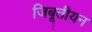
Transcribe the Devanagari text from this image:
जिबूतीयन